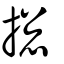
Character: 捴